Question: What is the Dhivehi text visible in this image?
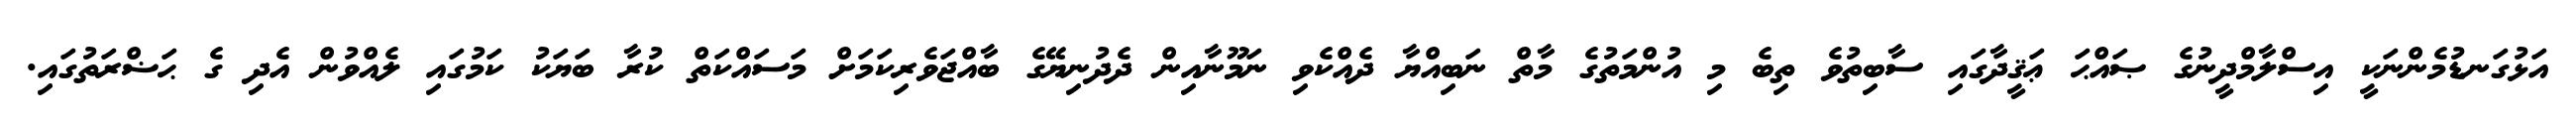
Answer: އަޅުގަނޑުމެންނަކީ އިސްލާމްދީނުގެ ޞައްޙަ ޢަޤީދާގައި ސާބިތުވެ ތިބެ މި އުންމަތުގެ މާތް ނަބިއްޔާ ދެއްކެވި ނަމޫނާއިން ދެދުނިޔޭގެ ބާއްޖަވެރިކަމަށް މަސައްކަތް ކުރާ ބަޔަކު ކަމުގައި ލެއްވުން އެދި ގެ ޙަޟްރަތުގައި.